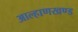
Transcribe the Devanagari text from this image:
आल्हाणखण्ड